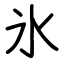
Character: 氷